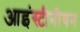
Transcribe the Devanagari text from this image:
आइंस्टीनीयन